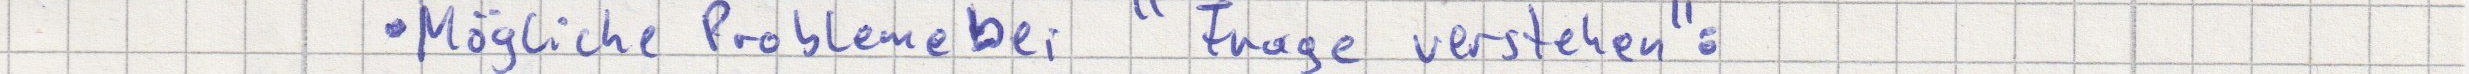
Mögliche Probleme bei "Frage verstehen":